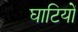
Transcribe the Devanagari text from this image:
घाटियों